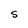
Character: S